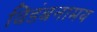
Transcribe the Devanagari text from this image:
विडंबनामय